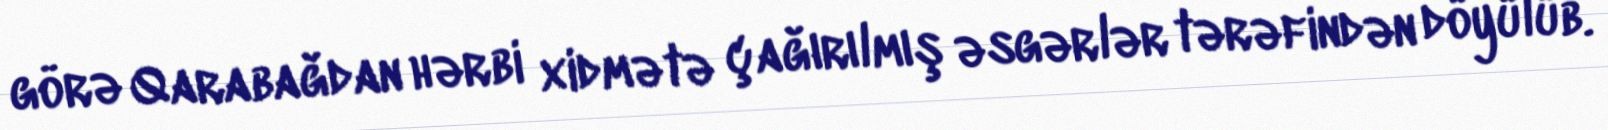
görə Qarabağdan hərbi xidmətə çağırılmış əsgərlər tərəfindən döyülüb.